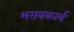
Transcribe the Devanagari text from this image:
भरावकार्य